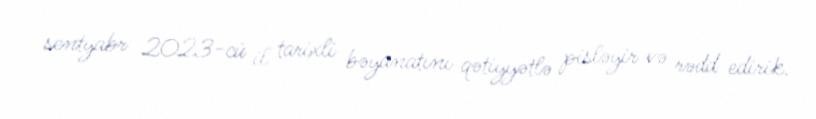
sentyabr 2023-cü il tarixli bəyanatını qətiyyətlə pisləyir və rədd edirik.